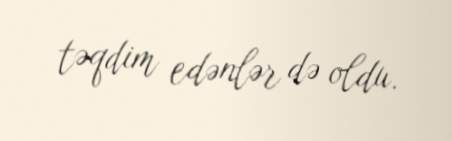
təqdim edənlər də oldu.